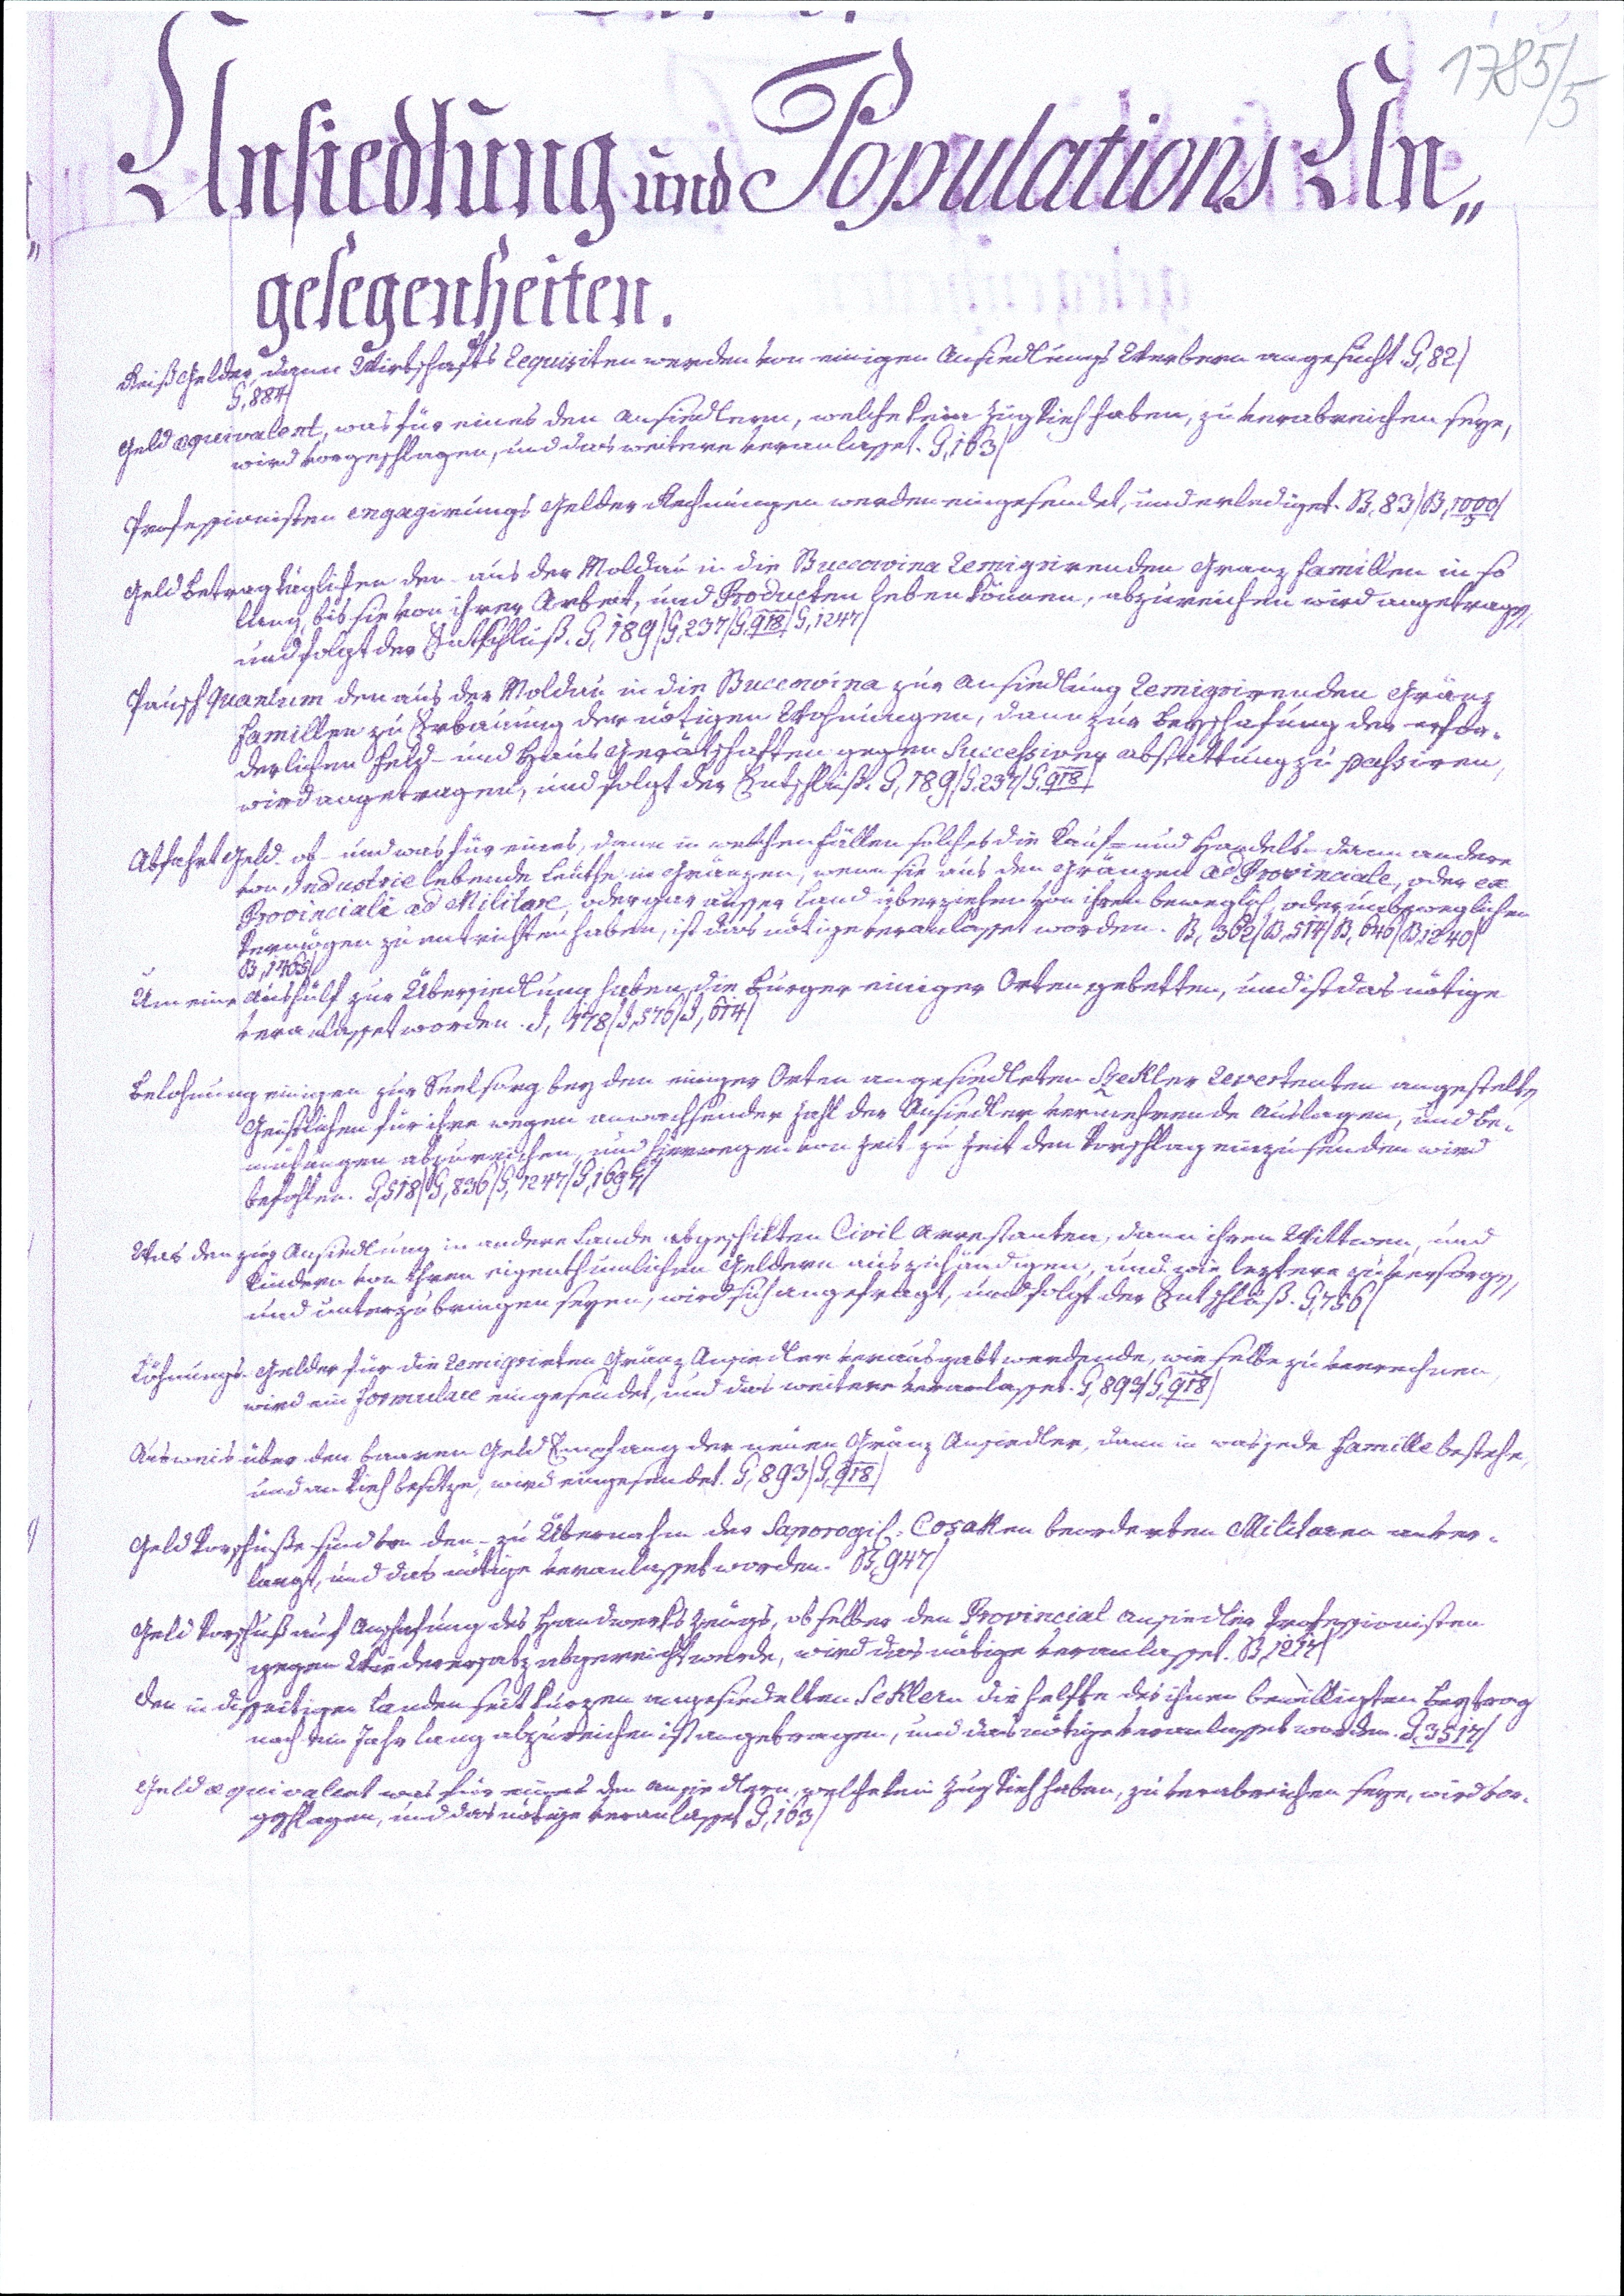
1785/5
Ansiedlung und Populations An¬
gelegenheiten.
Reiß Gelder, dann Wirtschafts Requisiten werden von einigen Ansiedlungs Werbern angesucht. G,82/
G,884/
Geld aequivalent, was für eines den Ansiedlern, welche kein Zug Vieh haben, zu verabreichen seye,
wird vorgeschlagen, und das weitere veranlasset. G,163/
Professionisten engagirungs Gelder Rechnungen werden eingesendet, und erlediget. B,83/B,1000/3/
Geld Betrag täglichen der aus der Moldau in die Buccowina Remigrirenden Granz Famillen in so
lang, bis sie von ihrer Arbeit, und Producten leben können, abzureichen wird angetragen,
und folgt der Entschluß, G,189/G,237/G,918/G,1247/
Pausch quantum der aus der Moldau in die Buccowina zur Ansiedlung Remigrirenden Gränz
Famillen zu Erbauung der nötigen Wohnungen, dann zur Beschafung der erfor¬
derlichen Feld- und haus Gerätschaften gegen Successiver Abstattung zu passiren,
wird angetragen, und folgt der Entschluß. G,189/G,237/G,918/
Abfahrt Geld. ob- und was für eines, dann in welchen Fällen solches die Kauf- und Handels- dann andere
von Industrie lebende Leuthe in Gränzen, wenn sie aus den Gränzen ad Provinciale, oder ex
Provinciale ad Militare, oder gar ausser Land überziehen von ihren beweglich oder unbeweglichen
Vermögen zu entrichten haben, ist das nötige veranlasset worden. B,362/B,514/B,646/B,1240/
B,1465/
Um eine Aushülf zur Übersiedlung haben die Burger einiger Orten gebetten, und ist das nötige
veranlasset worden. I,178/I,576/I,614/
Belohnung einigen zur Seelsorg bey den einiger Orten angesiedleten Szekler Revertenten angestelten
Geistlichen für ihre wegen anwachsender Zahl der Ausiedler vermehrende Auslagen, und Be¬
mühungen abzureichen, und hierwegen ein von Zeit zu Zeit den Vorschlag einzusenden wird
befohlen. G,518/G,836/G,1247/G,1697/
Was den zur Ausiedlung in andere Lande abgeschikten Civil Arrestanten, dann ihren Wittwen, und
Kindern von ihren eigenthümlichen Geldern auszuhändigen, und wie leztere zu versorgen,
und unterzubringen seyen, wird sich angefragt, und folgt der Entschluß. G,756/
Löhnungs Gelder für die Remigrirten Gränz Ansiedler verausgabt werdende, wie selbe zu verrechnen
wird ein formulare eingesendet, und das weitere veranlasset. G,893/G,918/
Ausweis über den baaren Geld Empfang der neuen Gränz Ansiedler, dann in was jede Famille bestehe,
und an Vieh besitze, wird eingesendet. G,893/G,918/
Geld Vorschüße sind von den - zu Übernahm der Saporogi. Cosaken beorderten Militaren anver¬
langt, und das nötige veranlasset worden. B947/
Geld Vorschuß auf Anschafung des Handwerks Zeugs, ob selber den Provincial Ansiedler Professionisten
gegen Wiederersatz abgereicht werde, wird das nötige veranlasset. B,1217/
Den in disseitigen Landen seit kurzen angesiedelten Seklern die Helfte des ihnen bewilligten Beytrag
noch ein Jahr lang abzureichen ist angetragen, und das nötige veranlasset worden. G,3517/
Geld aequivalent was für eines den Ansiedlern, welche kein Zug Vieh haben, zu verabreichen seye, wird vor¬
geschlagen, und das nötige veranlasset G,163/